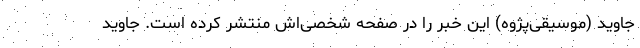
جاوید (موسیقی‌پژوه) این خبر را در صفحه شخصی‌اش منتشر کرده است. جاوید